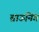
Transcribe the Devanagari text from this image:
ब्राऊनिंग